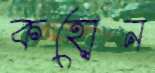
কহোন